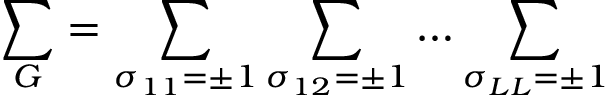
\sum _ { G } = \sum _ { \sigma _ { 1 1 } = \pm 1 } \sum _ { \sigma _ { 1 2 } = \pm 1 } \dots \sum _ { \sigma _ { L L } = \pm 1 }